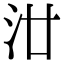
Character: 𣲟